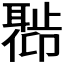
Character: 𬚣